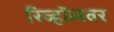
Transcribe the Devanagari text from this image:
रिव्हॉलवर